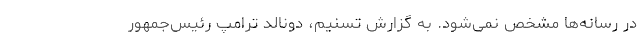
در رسانه‌ها مشخص نمی‌شود. به گزارش تسنیم، دونالد ترامپ رئیس‌جمهور